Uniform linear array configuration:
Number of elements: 4
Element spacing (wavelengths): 1
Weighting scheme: kaiser
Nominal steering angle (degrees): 15
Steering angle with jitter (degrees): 13.823
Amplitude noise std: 0.05
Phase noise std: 0.05

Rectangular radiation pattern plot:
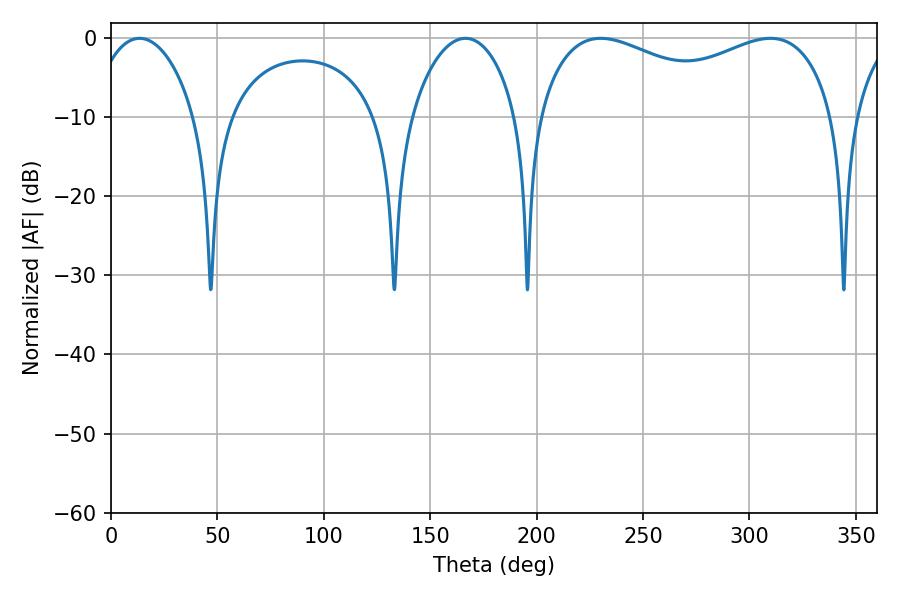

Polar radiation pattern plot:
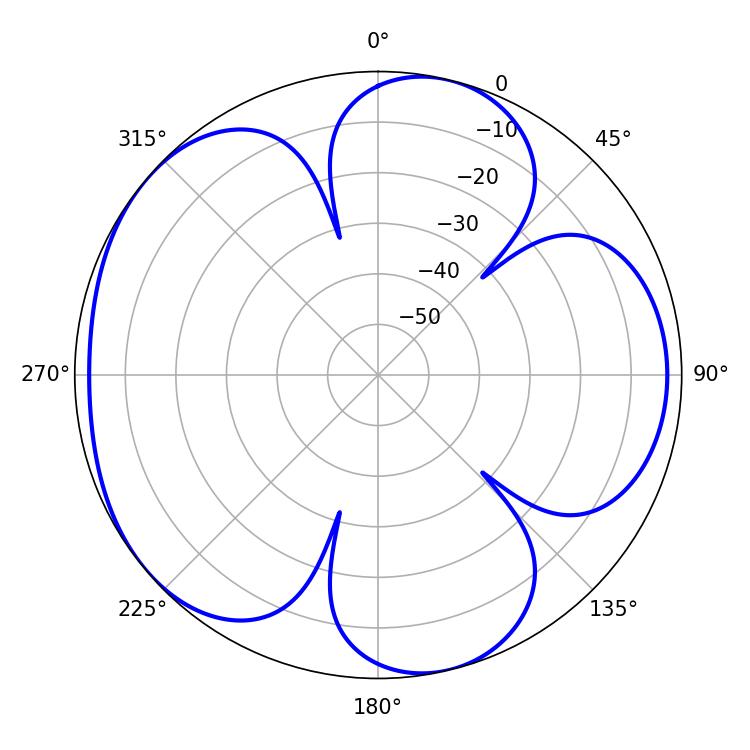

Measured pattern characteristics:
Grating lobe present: TRUE
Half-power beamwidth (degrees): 115.56
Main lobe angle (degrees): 230.22